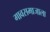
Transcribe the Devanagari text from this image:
गावसमाजाला